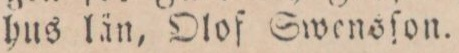
hus län, Olof Swensſon.